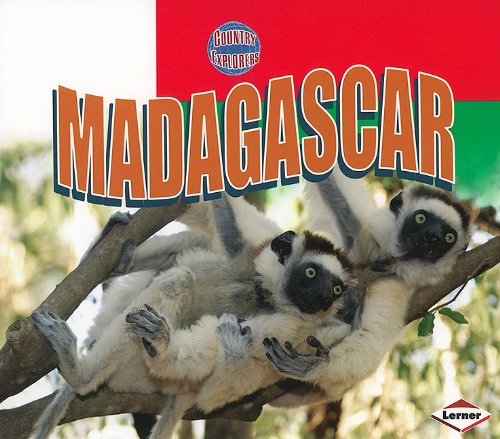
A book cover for Madagascar (Country Explorers); Mary N. Oluonye; Children's Books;